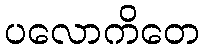
ပလောကိတေ